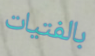
بالفتيات